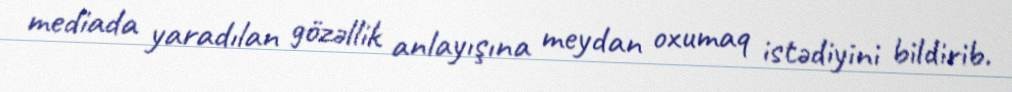
mediada yaradılan gözəllik anlayışına meydan oxumaq istədiyini bildirib.